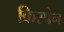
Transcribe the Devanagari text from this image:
क्रिस्पेन